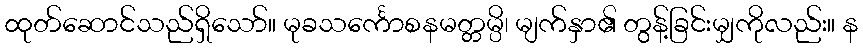
ထုတ်ဆောင်သည်ရှိသော်။ မုခသင်္ကောစနမတ္တမ္ပိ၊ မျက်နှာ၏ တွန့်ခြင်းမျှကိုလည်း။ န